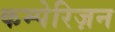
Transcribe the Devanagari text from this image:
कम्पेरिज़न